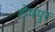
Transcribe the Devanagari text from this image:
शेषपुर